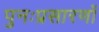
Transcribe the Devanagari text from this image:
पुनःप्रसारणों